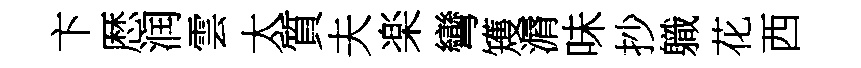
卞厯润雲太質夫楽彎矱漘味抄軄花西